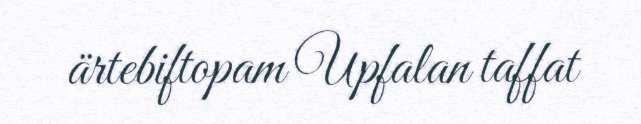
ärtebiftopam Upfalan taffat